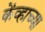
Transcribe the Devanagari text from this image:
केंव्हाच्या